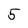
Character: 5